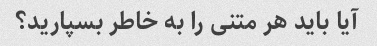
آیا باید هر متنی را به خاطر بسپارید؟